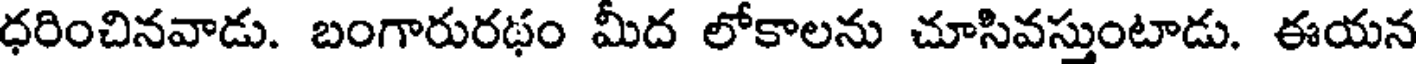
ధరించినవాడు. బంగారురథం మీద లోకాలను చూసివస్తుంటాడు. ఈయన